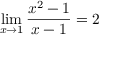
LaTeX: \operatorname* { l i m } _ { x \to 1 } { \frac { x ^ { 2 } - 1 } { x - 1 } } = 2